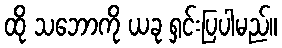
ထို သဘောကို ယခု ရှင်းပြပါမည်။